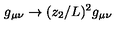
g _ { \mu \nu } \to ( z _ { 2 } / L ) ^ { 2 } g _ { \mu \nu }